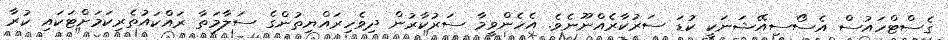
ގެސްޓްހައުސް އެސޯސިއޭޝަނަކީ ކުޑަ ސަރުކާރެއްނޫނެވެ. އެހެންވީމާ ސަރުކާރުން ދިވެހިރައްޔިތުންގެ ސަލާމަތާ ރައްކައުތެރިކަމަށްޓަކައި ކުރާ